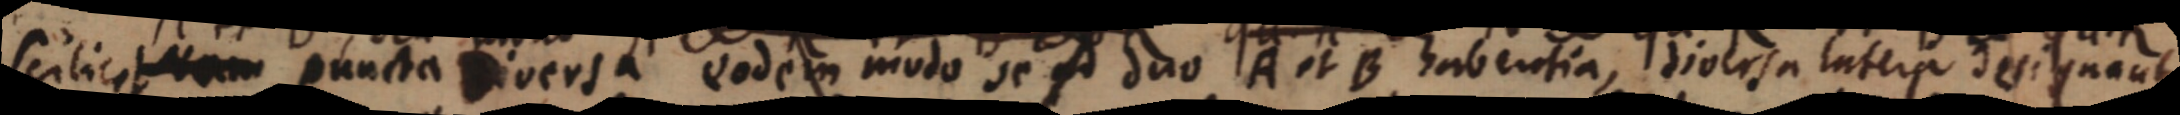
scilicosam puncta Biveria vodem modo se A duo AotB habentia, diolria latera designant